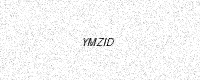
Text: YMZID